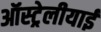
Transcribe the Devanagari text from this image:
ऑस्ट्रेलीयाई